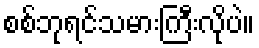
စစ်ဘုရင်သမားကြီးလိုပဲ။